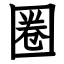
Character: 圈